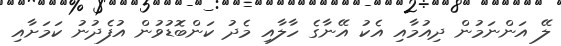
ލޭ އަންނަމުން ދިއުމާއި އެކު އޭނާގެ ހާލާއި މެދު ކަންބޮޑުވުން އުފެދުނު ކަމަށާއި